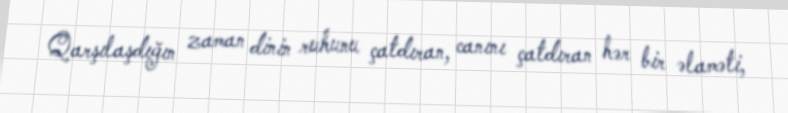
Qarşılaşdığın zaman dinin ruhunu çatdıran, canını çatdıran hər bir əlaməti,